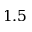
1 . 5